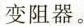
变阻器。